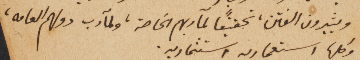
ويثيرون الفتن، تحقيقاً لمآربهم الخاصة، ولمآرب دولهم العامه،